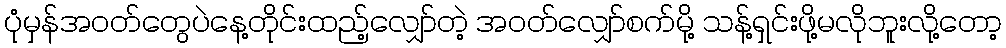
ပုံမှန်အဝတ်တွေပဲနေ့တိုင်းထည့်လျှော်တဲ့ အဝတ်လျှော်စက်မို့ သန့်ရှင်းဖို့မလိုဘူးလို့တော့